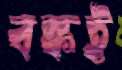
বস্কই